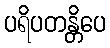
ပရိပတန္တိပေ